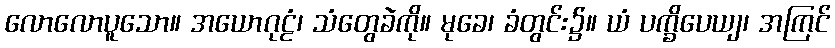
လောလောပူသော။ အယောဂုဠံ၊ သံတွေခဲကို။ မုခေ၊ ခံတွင်း၌။ ယံ ပက္ခိပေယျ၊ အကြင်